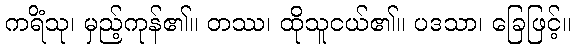
ကရိံသု၊ မှည့်ကုန်၏။ တဿ၊ ထိုသူငယ်၏။ ပဒသာ၊ ခြေဖြင့်။